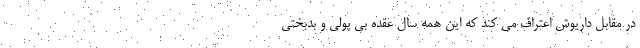
در مقابل داریوش اعتراف می کند که این همه سال عقده بی پولی و بدبختی